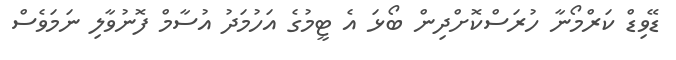
ޑޭވިޑް ކަރްމޯނާ ހުރަސްކޮށްދިން ބޯޅަ އެ ޓީމުގެ އަހުމަދު އުސާމް ފޮނުވާލި ނަމަވެސް